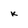
Character: k